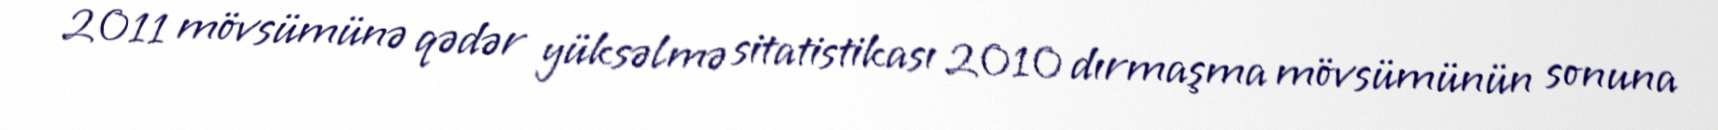
2011 mövsümünə qədər yüksəlmə sitatistikası 2010 dırmaşma mövsümünün sonuna